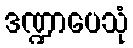
ဒဏ္ဍာပေသုံ